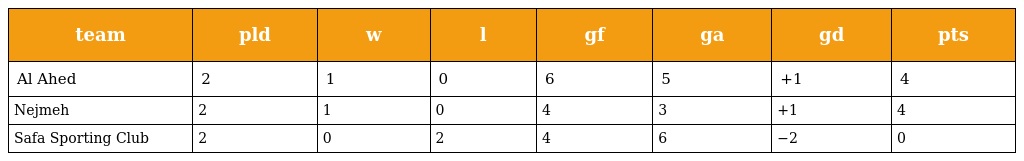
| team | pld | w | l | gf | ga | gd | pts |
 | --- | --- | --- | --- | --- | --- | --- | --- |
 | Al Ahed | 2 | 1 | 0 | 6 | 5 | +1 | 4 |
 | Nejmeh | 2 | 1 | 0 | 4 | 3 | +1 | 4 |
 | Safa Sporting Club | 2 | 0 | 2 | 4 | 6 | −2 | 0 |